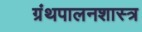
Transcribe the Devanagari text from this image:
ग्रंथपालनशास्त्र